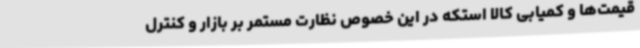
قیمت‌ها و کمیابی کالا استکه در این خصوص نظارت مستمر بر بازار و کنترل